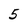
Character: 5